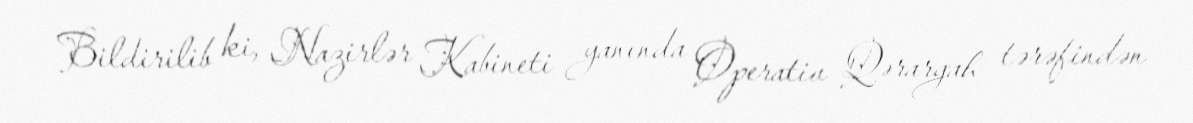
Bildirilib ki, Nazirlər Kabineti yanında Operativ Qərargah tərəfindən